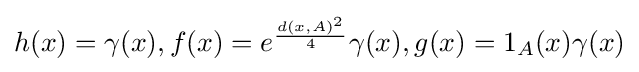
{\textstyle h(x)=\gamma (x),f(x)=e^{\frac {d(x,A)^{2}}{4}}\gamma (x),g(x)=1_{A}(x)\gamma (x)}